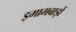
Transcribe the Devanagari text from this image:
इमामबाड़ों